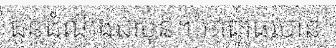
ជូនដំណឹងជាមុន។ អាជ្ញាធរបាន